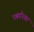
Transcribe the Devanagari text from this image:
पश्वपरिखा